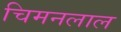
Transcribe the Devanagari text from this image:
चिमनलाल